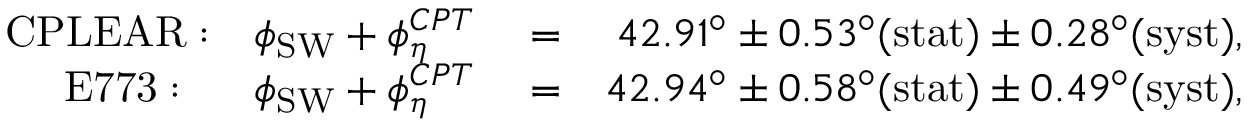
\begin{array} { r l r } { \mathrm { C P L E A R : } ~ ~ ~ \phi _ { \mathrm { S W } } + \phi _ { \eta } ^ { C P T } } & { { } = } & { 4 2 . 9 1 ^ { \circ } \pm 0 . 5 3 ^ { \circ } \mathrm { ( s t a t ) } \pm 0 . 2 8 ^ { \circ } \mathrm { ( s y s t ) } , } \\ { \mathrm { E 7 7 3 : ~ ~ } ~ ~ ~ \phi _ { \mathrm { S W } } + \phi _ { \eta } ^ { C P T } } & { { } = } & { 4 2 . 9 4 ^ { \circ } \pm 0 . 5 8 ^ { \circ } \mathrm { ( s t a t ) } \pm 0 . 4 9 ^ { \circ } \mathrm { ( s y s t ) } , } \end{array}